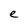
Character: e